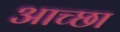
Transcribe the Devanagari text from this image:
आच्छा